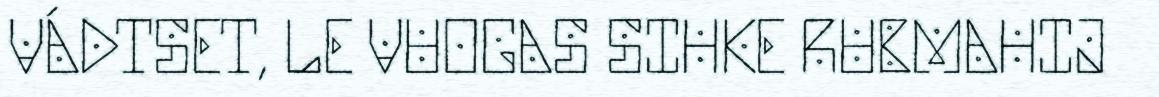
VÁDTSET, LE VUOGAS SIHKE RUBMAHIJ